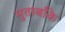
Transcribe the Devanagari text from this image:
मुताबकि